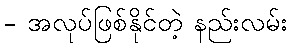
- အလုပ်ဖြစ်နိုင်တဲ့ နည်းလမ်း